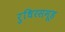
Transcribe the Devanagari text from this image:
रुधिरसमूह